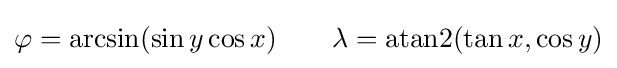
\varphi =\arcsin(\sin y\cos x)\qquad \lambda =\operatorname {atan2} (\tan x,\cos y)